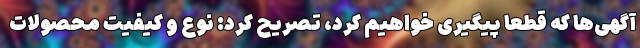
آگهی‌ها که قطعاً پیگیری خواهیم کرد، تصریح کرد: نوع و کیفیت محصولات